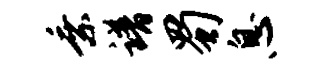
乘谱蜀息